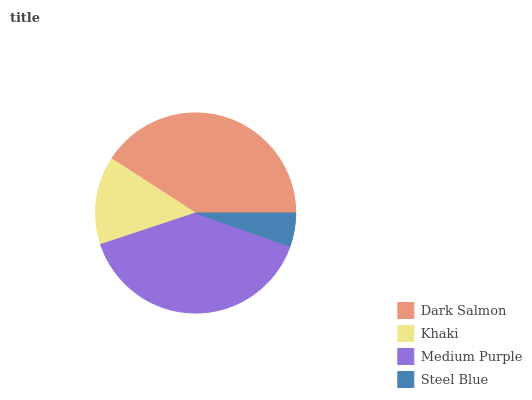
| Dark Salmon | Khaki | Medium Purple | Steel Blue |
 | --- | --- | --- | --- |
 | 40.9% | 14.2% | 39.5% | 5.4% |